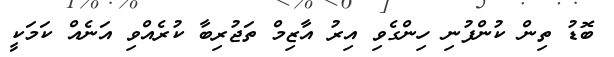
ބޮޑު ތިން ކުންފުނި ހިންގެވި އިރު އާޒިމް ތަޖުރިބާ ކުރެއްވި އަނެއް ކަމަކީ